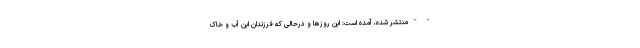
" " منتشر شده، آمده است: این روزها و درحالی که فرزندان این آب و خاک